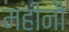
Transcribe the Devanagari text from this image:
महीनौ